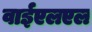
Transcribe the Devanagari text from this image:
वाईएलएल